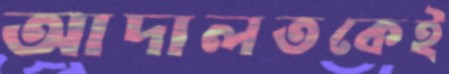
আদালতকেই